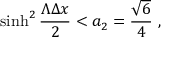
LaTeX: \sinh ^ { 2 } { \frac { \Lambda \Delta x } { 2 } } < a _ { 2 } = { \frac { \sqrt { 6 } } { 4 } } \ ,